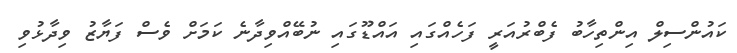
ކައުންސިލް އިންތިހާބު ފެބްރުއަރީ ފަހެއްގައި އައްޑޫގައި ނުބޭއްވިދާނެ ކަމަށް ވެސް ފަޔާޒު ވިދާޅުވި